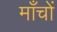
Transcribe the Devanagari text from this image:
माँचों